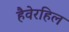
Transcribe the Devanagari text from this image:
हैवेरहिल